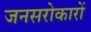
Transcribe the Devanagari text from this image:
जनसरोकारों